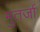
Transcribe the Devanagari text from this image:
मुतर्जा